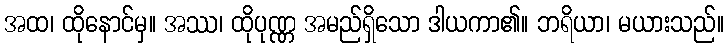
အထ၊ ထိုနောင်မှ။ အဿ၊ ထိုပုဏ္ဏ အမည်ရှိသော ဒါယကာ၏။ ဘရိယာ၊ မယားသည်။